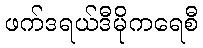
ဖက်ဒရယ်ဒီမိုကရေစီ